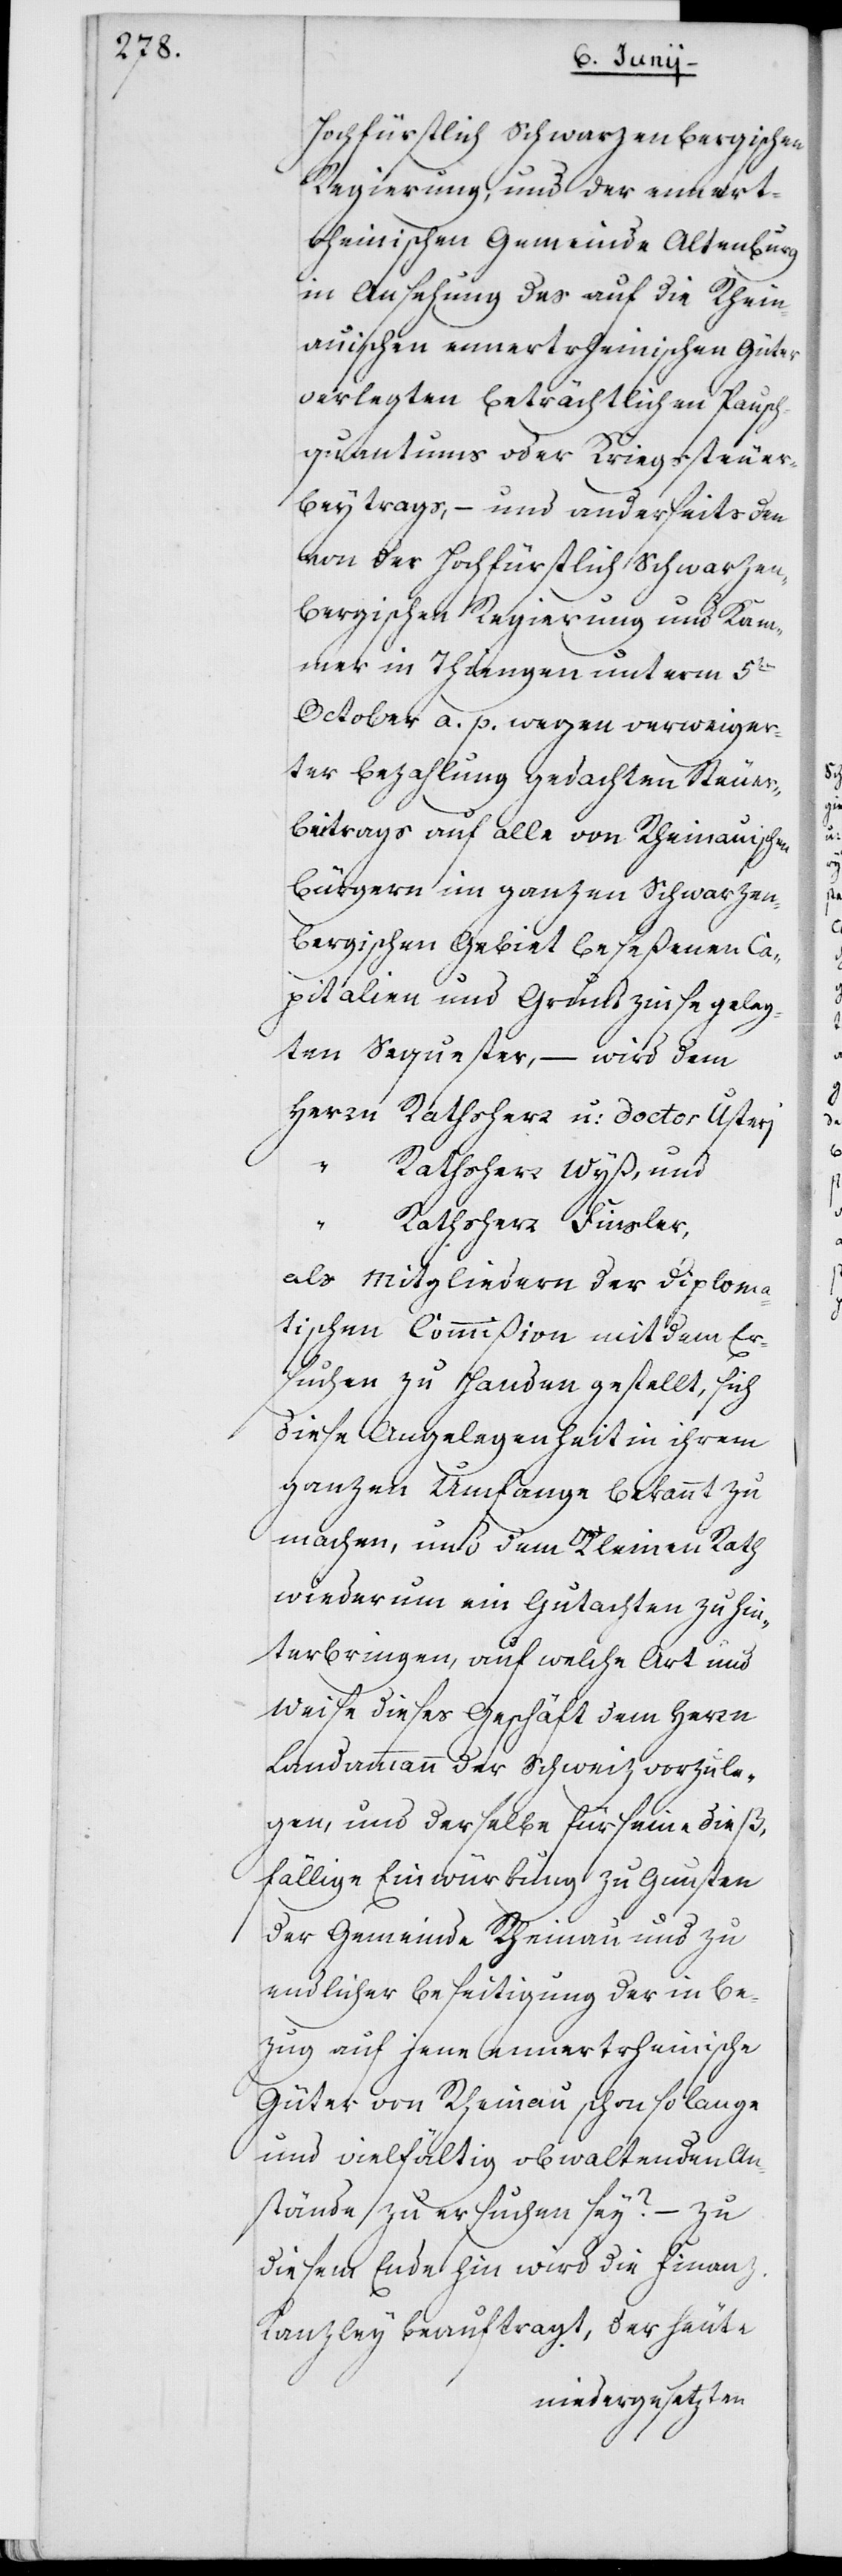
Hochfürstlich Schwarzenbergischen
Regierung, und der ennert¬
rheinischen Gemeinde Altenburg
in Ansehung des auf die Rhein¬
auischen ennertrheinischen Güter
verlegten beträchtlichen Haupt¬
quantums oder Kriegssteuer¬
beytrags, – und anderseits den
von der Hochfürstlich Schwarzen¬
bergischen Regierung und Kam¬
mer in Thiengen unterm 5ten
October a. p. wegen verweiger¬
ter Bezahlung gedachten Steuer¬
beitrags auf alle von Rheinauischen
Bürgern im ganzen Schwarzen¬
bergischen Gebiet beseßenen Ca¬
pitalien und Grundzinse geleg¬
ten Sequester, – wird dem
Herrn	Rathsherr u: Doctor Usterj
„	Rathsherr Wyß, und
„	Rathsherr Finsler,
als Mitgliedern der Diploma¬
tischen Commißion mit dem Er¬
suchen zu Handen gestellt, sich
diese Angelegenheit in ihrem
ganzen Umfange bekannt zu
machen, und dem Kleinen Rath
wiederum ein Gutachten zu hin¬
terbringen, auf welche Art und
Weise dieses Geschäft dem Herrn
Landammann der Schweiz vorzule¬
gen, und derselbe für seine dieß¬
fällige Einwürkung zu Gunsten
der Gemeinde Rheinau und zu
endlicher Beseitigung der in Be¬
zug auf jene ennertrheinische
Güter von Rheinau schon so lange
und vielfältig obwaltenden An¬
stände zu ersuchen sey? – Zu
diesem Ende hin wird die Finanz-K¬
anzley beauftragt, der heute